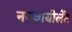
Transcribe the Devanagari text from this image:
ननवायोलेंट